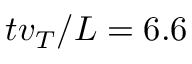
t v _ { T } / L = 6 . 6